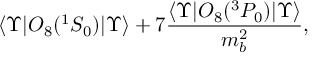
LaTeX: \langle \Upsilon \vert { \cal O } _ { 8 } ( ^ { 1 } S _ { 0 } ) \vert \Upsilon \rangle + 7 \frac { \langle \Upsilon \vert { \cal O } _ { 8 } ( ^ { 3 } P _ { 0 } ) \vert \Upsilon \rangle } { m _ { b } ^ { 2 } } ,